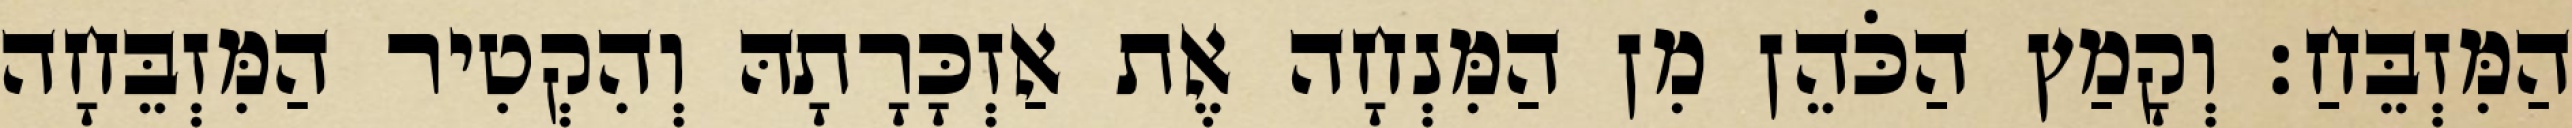
הַמִּזְבֵּחַ׃ וְקָמַץ הַכֹּהֵן מִן הַמִּנְחָה אֶת אַזְכָּרָתָהּ וְהִקְטִיר הַמִּזְבֵּחָה